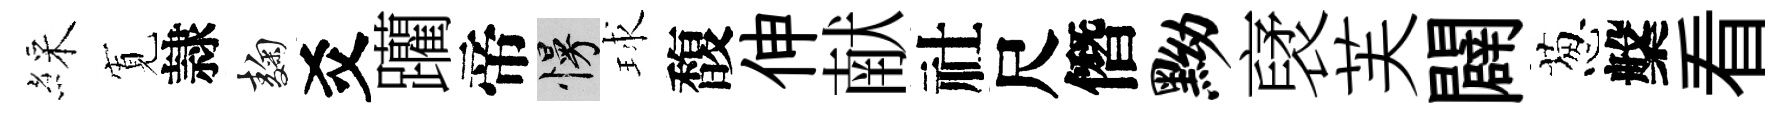
綵𡩖隷麹爻躪帝慢球馥伸献社尺僭黝裦芙闢葱槃看